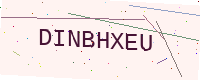
Text: DINBHXEU